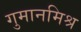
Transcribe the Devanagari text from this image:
गुमानमिश्र